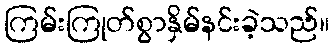
ကြမ်းကြုတ်စွာနှိမ်နင်းခဲ့သည်။